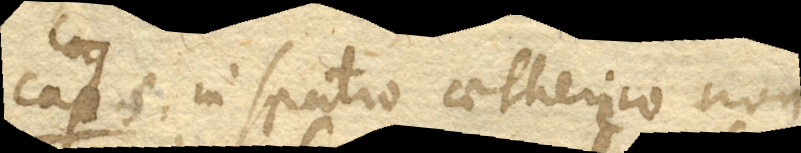
Cap. 5. In spatio aethereo non